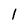
Character: 1